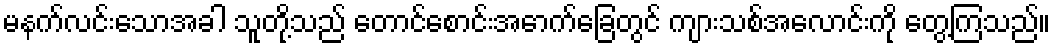
မနက်လင်းသောအခါ သူတို့သည် တောင်စောင်းအောက်ခြေတွင် ကျားသစ်အလောင်းကို တွေ့ကြသည်။